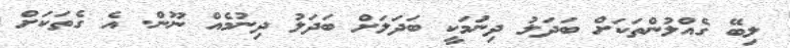
ލިބޭ ގެއްލުންތަކަށް ބަދަލު ދިނުަމަކީ ބަދަލަށް ބަދަލު ދިނުމެއް ނޫން. އެ ގެތަކަށް